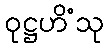
ဝုဋ္ဌဟိံသု